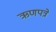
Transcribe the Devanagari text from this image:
ऋणपत्रे